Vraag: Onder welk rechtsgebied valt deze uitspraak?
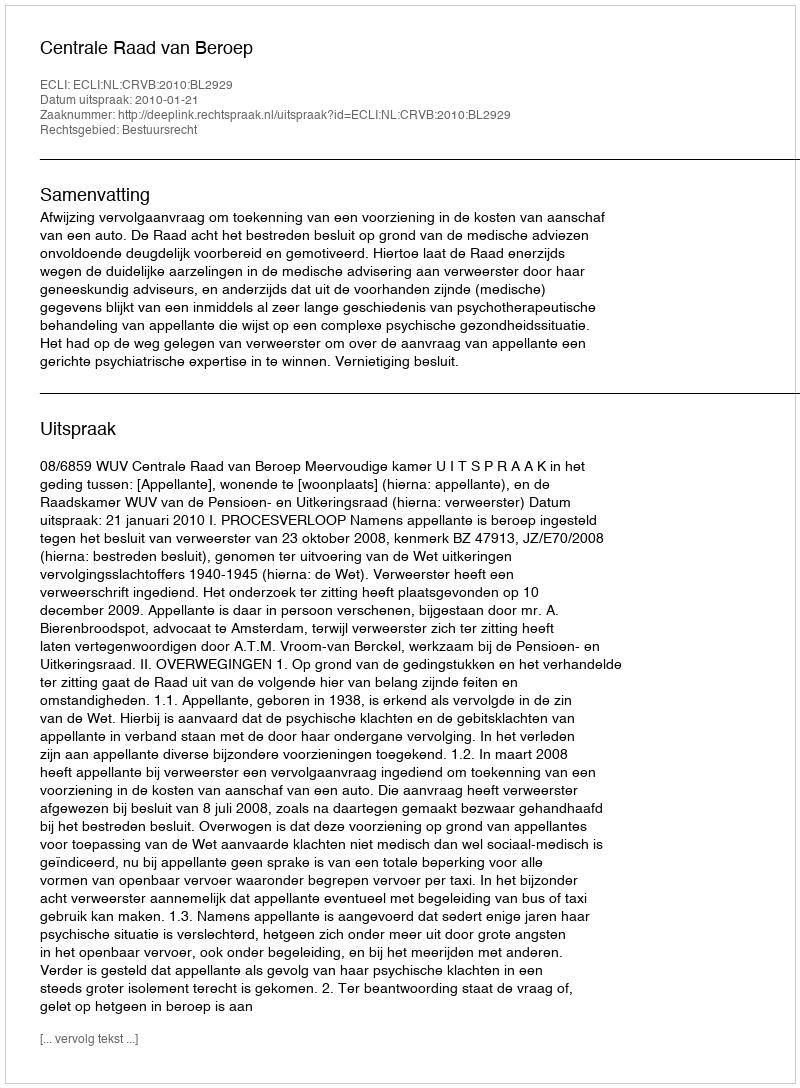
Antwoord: Bestuursrecht